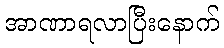
အာဏာရလာပြီးနောက်